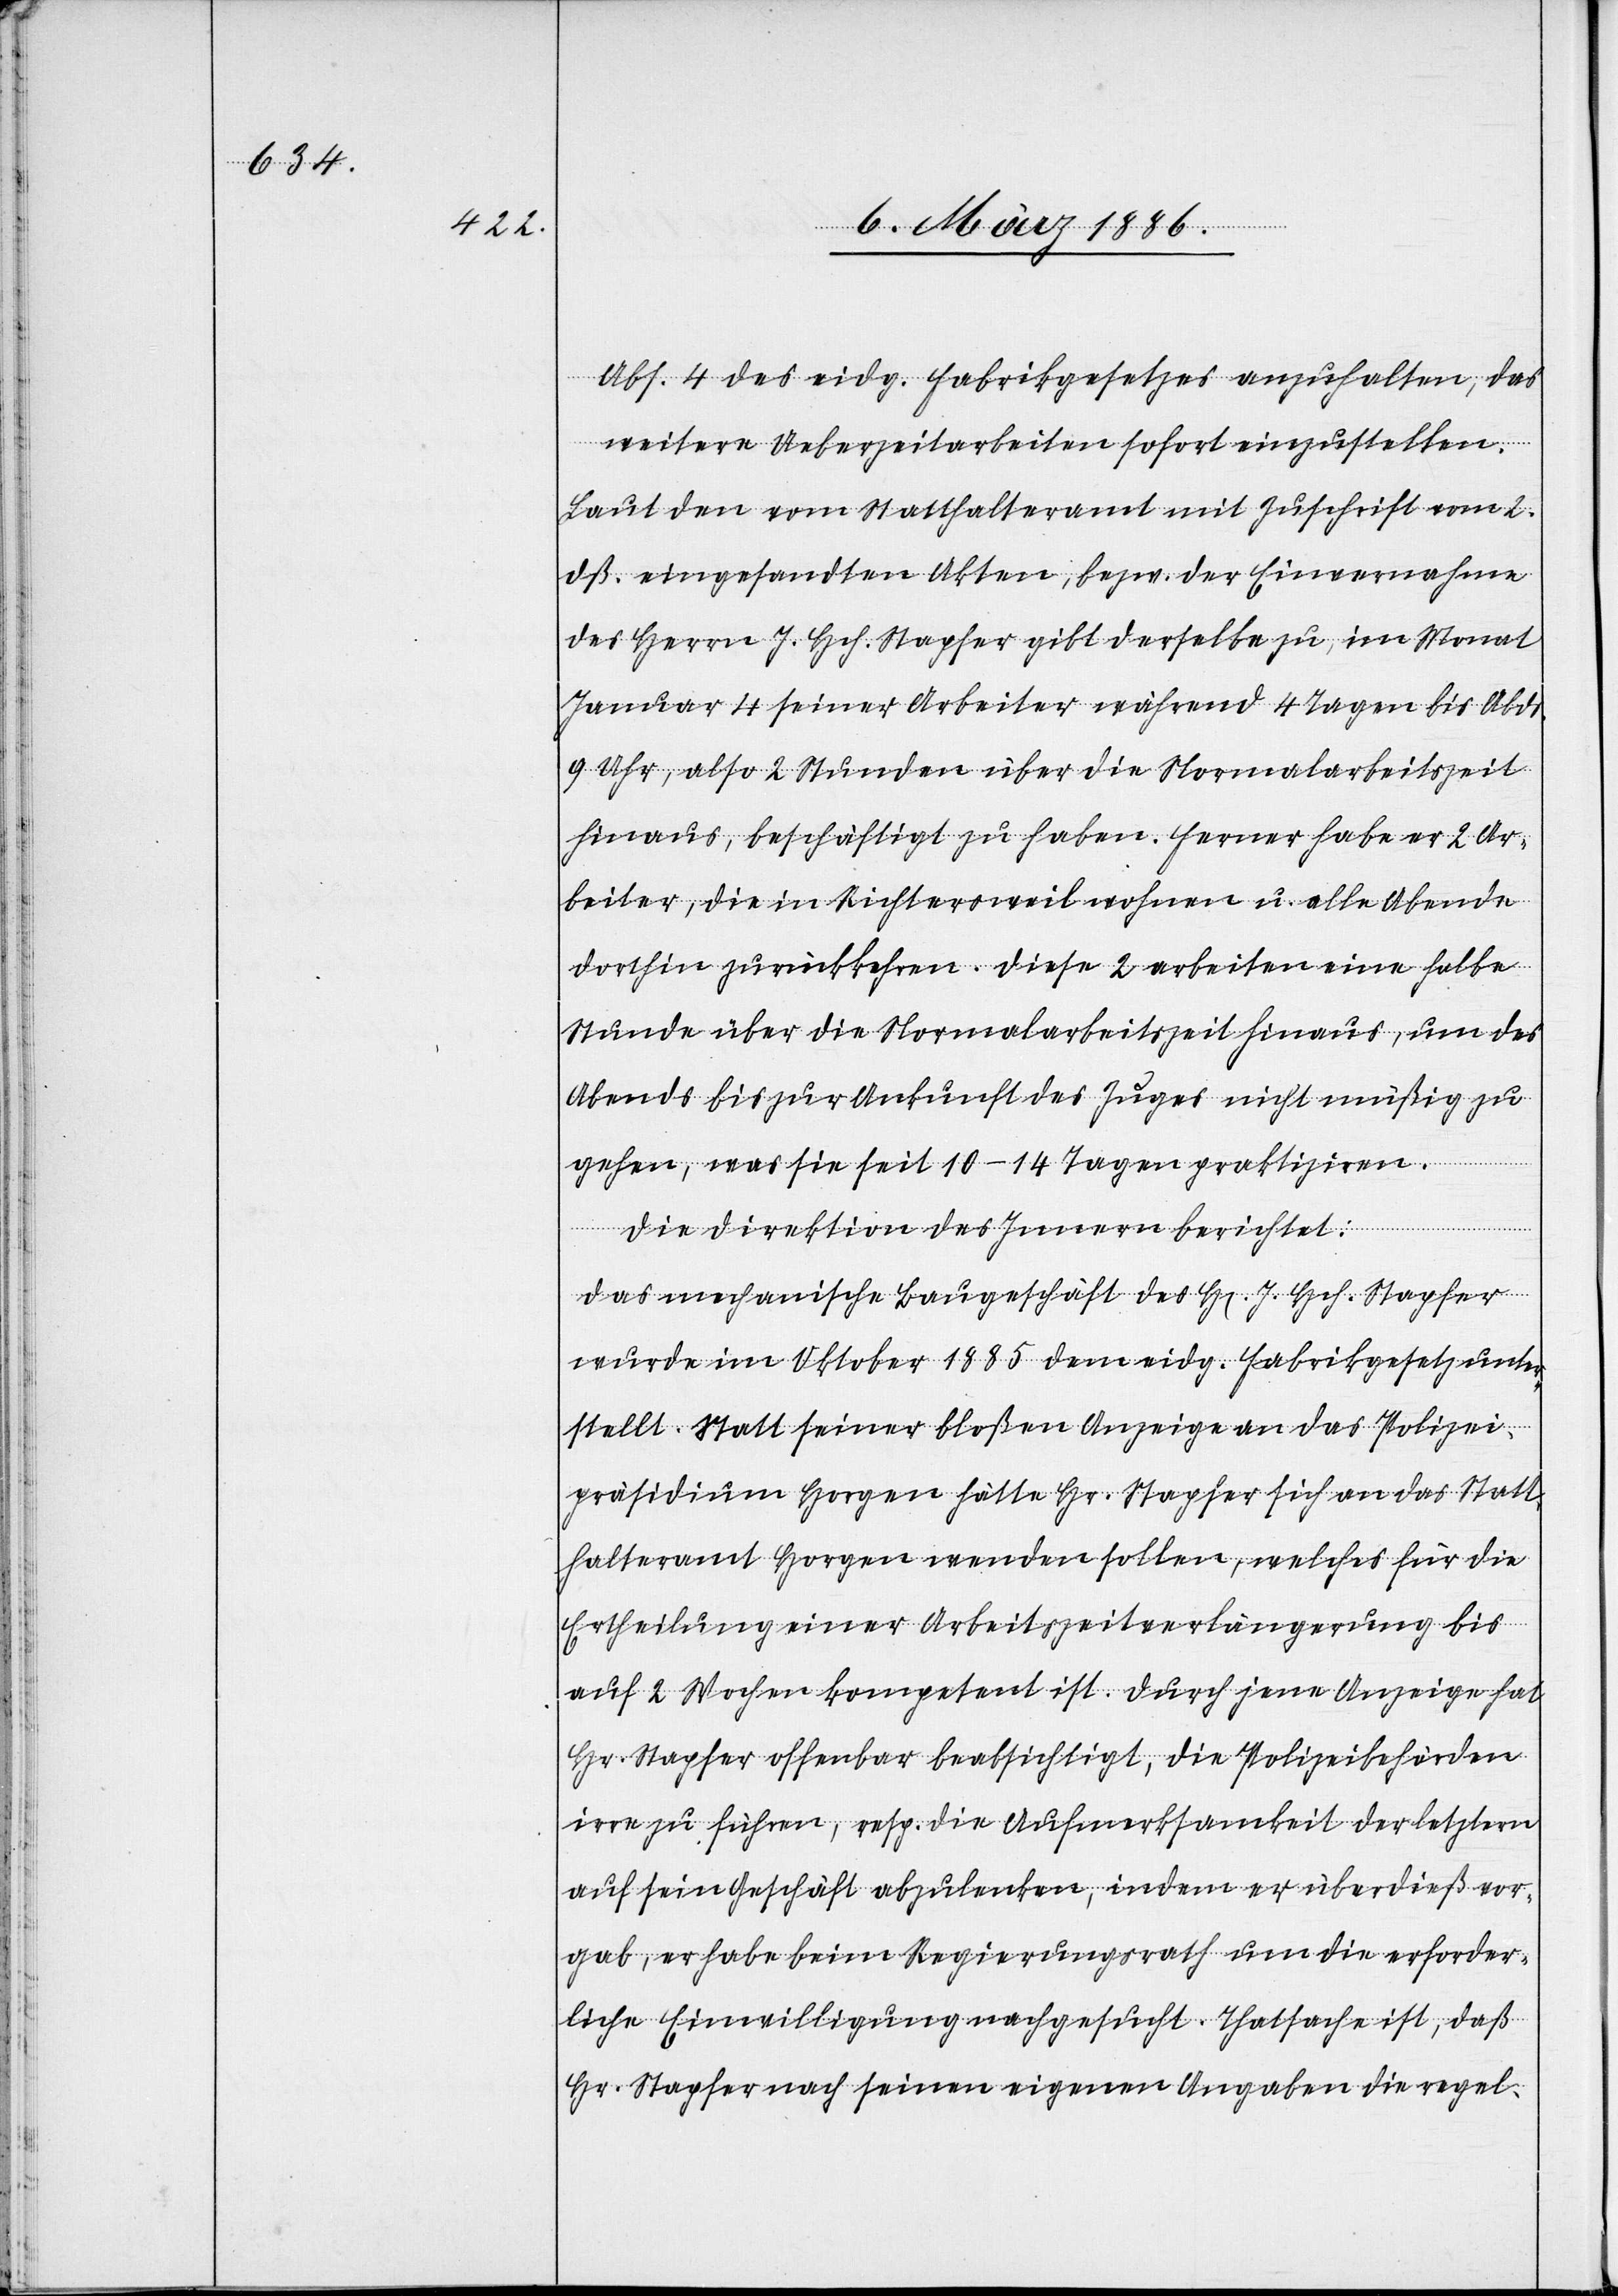
Abs. 4 des eidg. Fabrikgesetzes anzuhalten, das
weitere Ueberzeitarbeiten sofort einzustellen.
Laut den vom Statthalteramt mit Zuschrift vom 2.
dß. eingesandten Akten, bzw. der Einvernahme
des Herrn J. Hch. Stapfer gibt derselbe zu, im Monat
Januar 4 seiner Arbeiter während 4 Tagen bis Abds.
9 Uhr, also 2 Stunden über die Normalarbeitszeit
hinaus, beschäftigt zu haben. Ferner habe er 2 Ar¬
beiter, die in Richtersweil wohnen u. alle Abende
dorthin zurückkehren. Diese 2 arbeiten eine halbe
Stunde über die Normalarbeitszeit hinaus, um des
Abends bis zur Ankunft des Zuges nicht müßig zu
gehen, was sie seit 10–14 Tagen praktiziren.
eigenen
Die Direktion des Innern berichtet:
Das mechanische Baugeschäft des H[errn] J. Hch. Stapfer
wurde im Oktober 1885 dem eidg. Fabrikgesetz unter¬
stellt. Statt seiner bloßen Anzeige an das Polizei¬
präsidium Horgen hätte Hr. Stapfer sich an das Statt¬
halteramt Horgen wenden sollen, welches für die
Ertheilung einer Arbeitszeitverlängerung bis
auf 2 Wochen kompetent ist. Durch jene Anzeige hat
Hr. Stapfer offenbar beabsichtigt, die Polizeibehörden
irre zu führen, resp. die Aufmerksamkeit der letztern
auf sein Geschäft abzulenken, indem er überdieß vor¬
gab, er habe beim Regierungsrath um die erforder¬
liche Einwilligung nachgesucht. Thatsache ist, daß